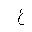
Letter: _gayn